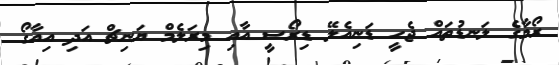
ރޯމާގެ ލަނޑުތައް ޖެހީ ޑަނިއެލޭ ޑިރޯސީ އާއި މިރަލެމް ޔަނިޗް އަދި އިއާގޯ